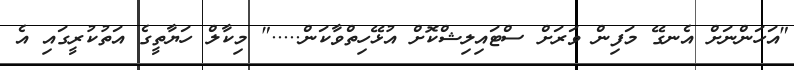
"އަހަންނަށް އެނގޭ މަފިން ވަރަށް ސްޓައިލިޝްކޮށް އުޅޭހިތްވާކަން....." މިކާލް ހަޔާތީގެ އަތުކުރީގައި އެ